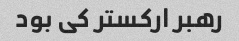
رهبر ارکستر کی بود